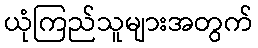
ယုံကြည်သူများအတွက်